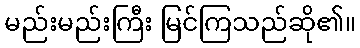
မည်းမည်းကြီး မြင်ကြသည်ဆို၏။